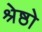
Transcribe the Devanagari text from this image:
श्रेष्ठो